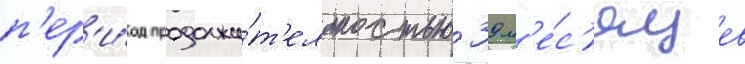
п'ер'и́од продолжи́т'ельностью 39 м'е́с'яцев